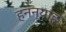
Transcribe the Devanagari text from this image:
हनन्याह